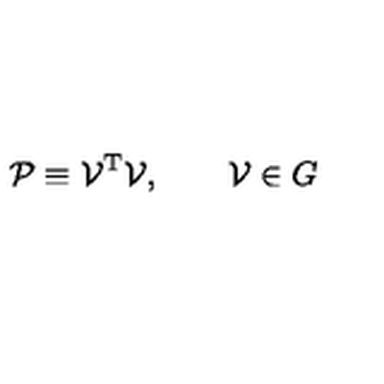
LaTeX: { \cal { P } } \equiv { \cal { V } } ^ { \mathrm { T } } { \cal { V } } , \qquad { \cal { V } } \in G